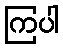
ကြပါ